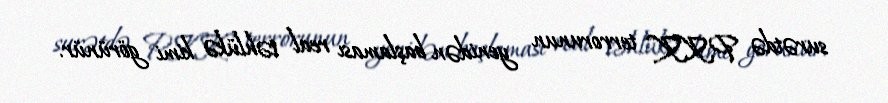
surətdə PKK terrorunun yenidən başlaması real təhlükə kimi görünür.